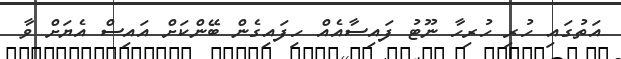
އަތުގައި ހުރި ހުރިހާ ނޫޓު ފައިސާއެއް ހިފައިގެން ބޭންކަށް އައިސް އެޔަށް ވާ